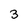
Character: 3